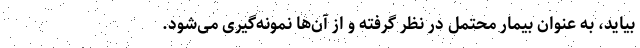
بیاید، به عنوان بیمار محتمل در نظر گرفته و از آن‌ها نمونه‌گیری می‌شود.